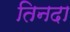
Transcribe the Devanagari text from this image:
तिनदा